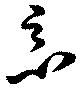
悪